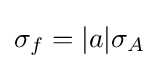
\sigma _{f}=|a|\sigma _{A}